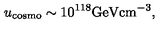
u _ { \mathrm { c o s m o } } \sim 1 0 ^ { 1 1 8 } \mathrm { G e V c m } ^ { - 3 } ,